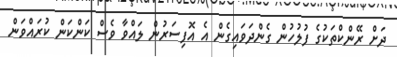
ދަށް ރޭންކްތަކުގެ ފުލުހުން ގެންދަވައިގެން އެ އޮފިސަރުން ލައްވާ ވެސް ކަންކަން ކުރައްވަން